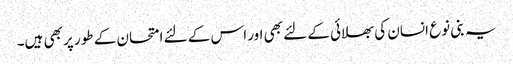
یہ بنی نوع انسان کی بھلائی کے لئے بھی اور اس کے لئے امتحان کے طور پر بھی ہیں۔